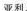
亚利。